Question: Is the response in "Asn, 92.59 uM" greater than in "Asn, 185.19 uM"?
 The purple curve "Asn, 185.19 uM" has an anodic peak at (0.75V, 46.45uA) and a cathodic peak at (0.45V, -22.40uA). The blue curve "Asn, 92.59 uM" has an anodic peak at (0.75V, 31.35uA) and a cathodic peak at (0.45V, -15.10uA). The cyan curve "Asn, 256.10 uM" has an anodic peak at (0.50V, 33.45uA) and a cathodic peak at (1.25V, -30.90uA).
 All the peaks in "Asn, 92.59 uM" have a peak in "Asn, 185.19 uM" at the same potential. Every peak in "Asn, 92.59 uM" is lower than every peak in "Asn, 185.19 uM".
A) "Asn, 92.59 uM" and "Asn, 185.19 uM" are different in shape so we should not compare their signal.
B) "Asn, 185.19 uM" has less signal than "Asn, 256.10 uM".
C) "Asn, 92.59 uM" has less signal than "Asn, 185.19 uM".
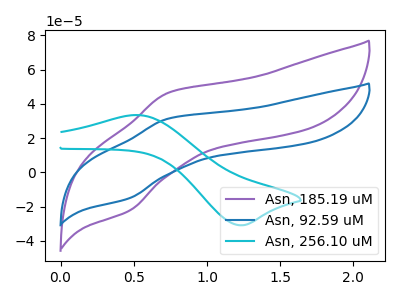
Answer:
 <answer>C) "Asn, 92.59 uM" has less signal than "Asn, 185.19 uM".</answer>
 <eval>C</eval>